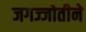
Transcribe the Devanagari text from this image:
जगज्जोतीने